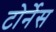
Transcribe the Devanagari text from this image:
टोर्नेस